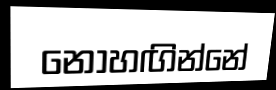
නොහඟින්නේ